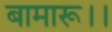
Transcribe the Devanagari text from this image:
बामारू।।